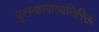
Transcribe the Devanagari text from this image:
पुरस्काराव्यतिरिक्त